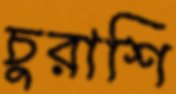
চুরাশি